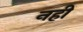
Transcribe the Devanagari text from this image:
नहीं